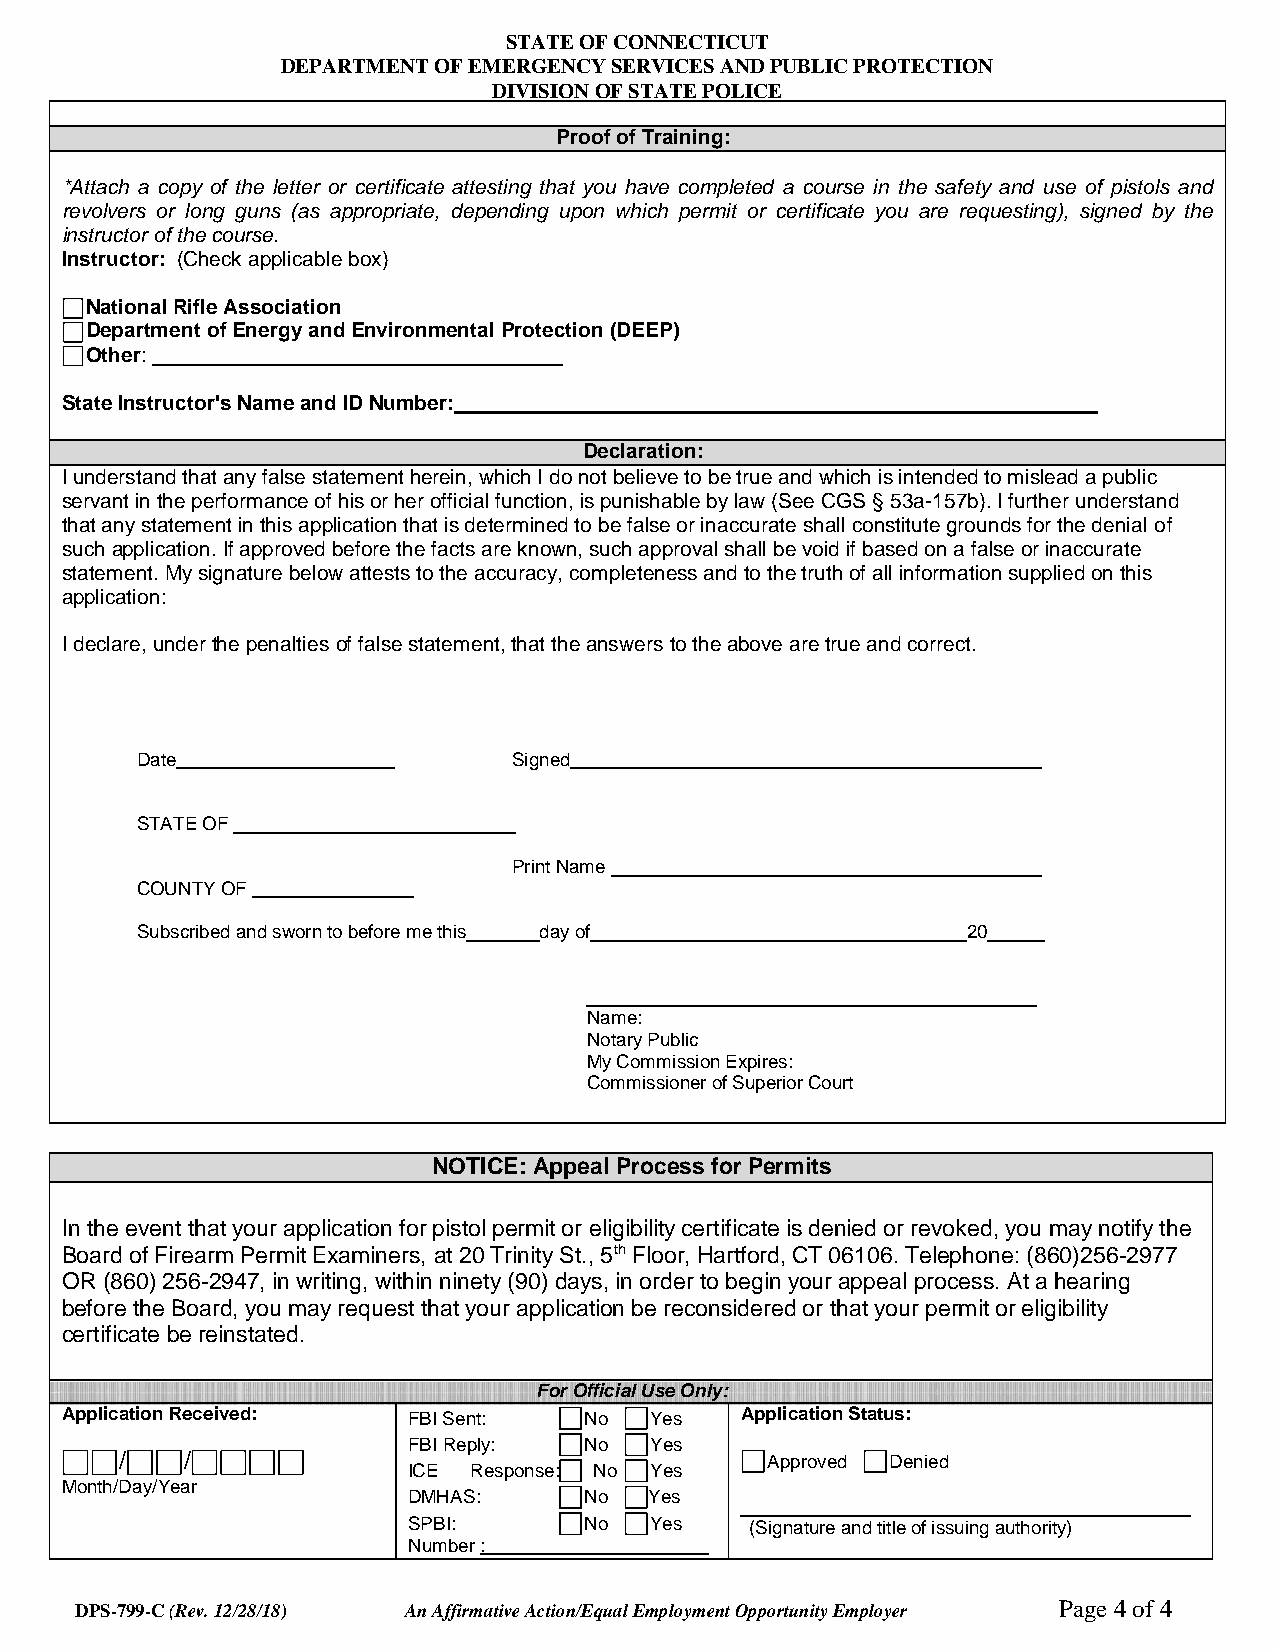
STATE OF CONNECTICUT
 DEPARTMENT OF EMERGENCY SERVICES AND PUBLIC PROTECTION
 DIVISION OF STATE POLICE
 Proof of Training:
 *Attach a copy of the letter or certificate attesting that you have completed a course in the safety and use of pistols and
 revolvers or long guns (as appropriate, depending upon which permit or certificate you are requesting), signed by the
 instructor of the course.
 Instructor: (Check applicable box)
 National Rifle Association
 Department of Energy and Environmental Protection (DEEP)
 Other:
 State Instructor's Name and ID Number:
 Declaration:
 I understand that any false statement herein, which I do not believe to be true and which is intended to mislead a public
 servant in the performance of his or her official function, is punishable by law (See CGS § 53a-157b). I further understand
 that any statement in this application that is determined to be false or inaccurate shall constitute grounds for the denial of
 such application. If approved before the facts are known, such approval shall be void if based on a false or inaccurate
 statement. My signature below attests to the accuracy, completeness and to the truth of all information supplied on this
 application:
 I declare, under the penalties of false statement, that the answers to the above are true and correct.
 Date                     Signed
 STATE OF
 Print Name
 COUNTY OF
 Subscribed and sworn to before me this day of          20
 Name:
 Notary Public
 My Commission Expires:
 Commissioner of Superior Court
 NOTICE: Appeal Process for Permits
 In the event that your application for pistol permit or eligibility certificate is denied or revoked, you may notify the
 Board of Firearm Permit Examiners, at 20 Trinity St., 5th Floor, Hartford, CT 06106. Telephone: (860)256-2977
 OR (860) 256-2947, in writing, within ninety (90) days, in order to begin your appeal process. At a hearing
 before the Board, you may request that your application be reconsidered or that your permit or eligibility
 certificate be reinstated.
 For Official Use Only:
 Application Received:  FBI Sent:   No  Yes   Application Status:
 FBI Reply:  No  Yes
 /   /                                      Approved Denied
 ICE Response: No Yes
 Month/Day/Year
 DMHAS:      No  Yes
 SPBI:       No  Yes    (Signature and title of issuing authority)
 Number :
 DPS-799-C (Rev. 12/28/18) An Affirmative Action/Equal Employment Opportunity Employer Page 4 of 4